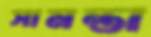
সামন্তা